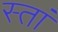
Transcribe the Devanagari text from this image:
स्तां